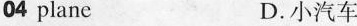
04 plane D. 小汽车